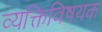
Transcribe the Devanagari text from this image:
व्यक्तिविषयक